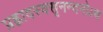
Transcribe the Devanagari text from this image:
प्रह्लादस्वसृनन्दनोऽथ